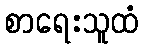
စာရေးသူထံ